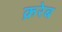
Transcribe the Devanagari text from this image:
क़रेब